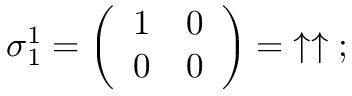
{ \boldsymbol { \sigma } } _ { 1 } ^ { 1 } = { \left( \begin{array} { l l } { 1 } & { 0 } \\ { 0 } & { 0 } \end{array} \right) } = \; \uparrow \uparrow \; ;